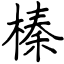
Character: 榛